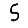
Digit: 5